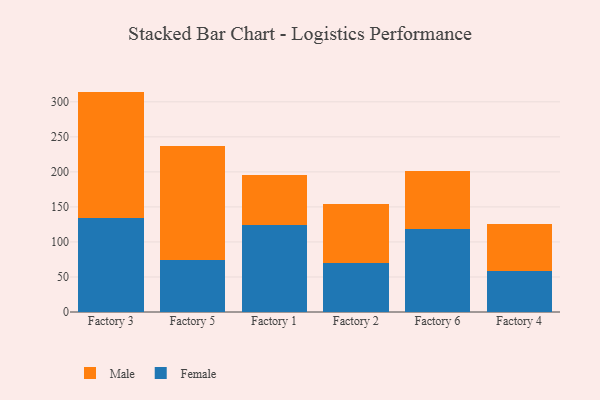
{"axis": {"x": "Factory", "y": "Temperature (°C)"}, "legend": ["Female", "Male"], "data": [{"x": "Factory 3", "y": 134.8, "type": "Female"}, {"x": "Factory 3", "y": 179.8, "type": "Male"}, {"x": "Factory 5", "y": 74.3, "type": "Female"}, {"x": "Factory 5", "y": 162.3, "type": "Male"}, {"x": "Factory 1", "y": 123.5, "type": "Female"}, {"x": "Factory 1", "y": 71.7, "type": "Male"}, {"x": "Factory 2", "y": 70.5, "type": "Female"}, {"x": "Factory 2", "y": 83.4, "type": "Male"}, {"x": "Factory 6", "y": 118.4, "type": "Female"}, {"x": "Factory 6", "y": 83.1, "type": "Male"}, {"x": "Factory 4", "y": 58.1, "type": "Female"}, {"x": "Factory 4", "y": 66.9, "type": "Male"}]}